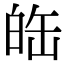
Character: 𤽦